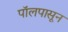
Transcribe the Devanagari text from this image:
पॉलपासून